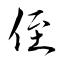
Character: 侄